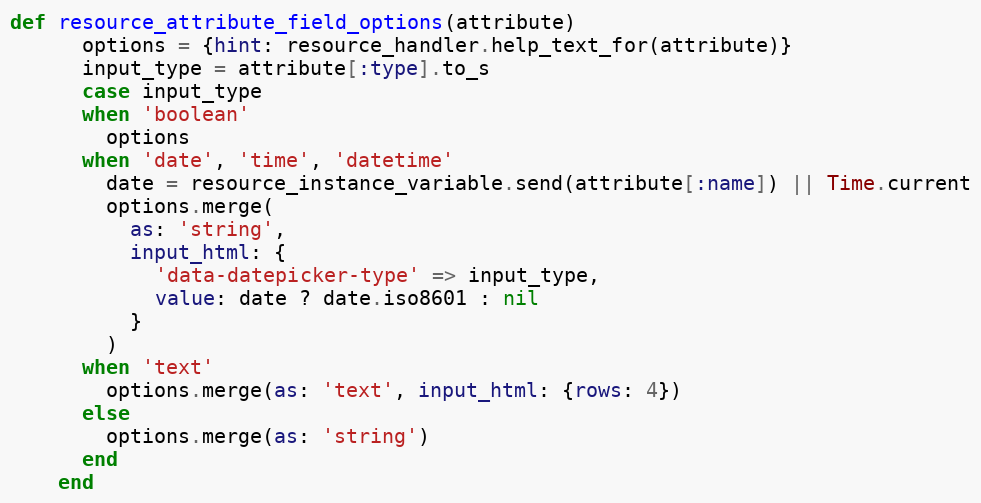
Language: Ruby
def resource_attribute_field_options(attribute)
      options = {hint: resource_handler.help_text_for(attribute)}
      input_type = attribute[:type].to_s
      case input_type
      when 'boolean'
        options
      when 'date', 'time', 'datetime'
        date = resource_instance_variable.send(attribute[:name]) || Time.current
        options.merge(
          as: 'string',
          input_html: {
            'data-datepicker-type' => input_type,
            value: date ? date.iso8601 : nil
          }
        )
      when 'text'
        options.merge(as: 'text', input_html: {rows: 4})
      else
        options.merge(as: 'string')
      end
    end